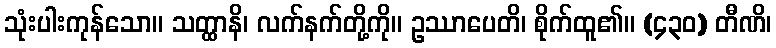
သုံးပါးကုန်သော။ သတ္ထာနိ၊ လက်နက်တို့ကို။ ဥဿာပေတိ၊ စိုက်ထူ၏။ (၄၃၀) တီဏိ၊